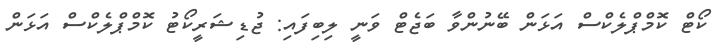
ކޯޓް ކޮމްޕްލެކްސް އަޅަން ބޭނުންވާ ބަޖެޓް ވަނީ ލިބިފައި: ޖުޑިޝަރީކޯޓު ކޮމްޕްލެކްސް އަޅަން